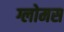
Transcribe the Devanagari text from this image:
ग्लोमस